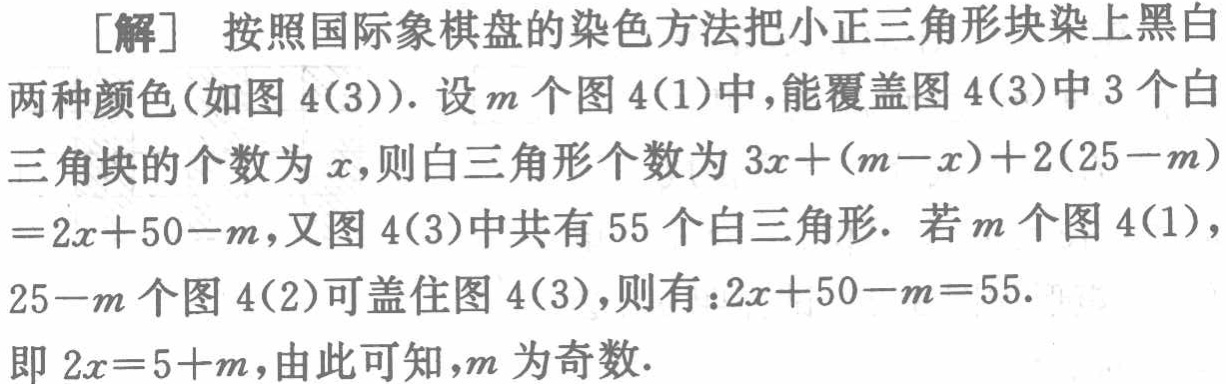
[解] 按照国际象棋盘的染色方法把小正三角形块染上黑白两种颜色(如图 4(3)). 设\(m\)个图 4(1)中,能覆盖图 4(3)中 3 个白三角块的个数为\(x\),则白三角形个数为\(3x+(m - x)+2(25 - m)=2x + 50 - m\),又图 4(3)中共有 55 个白三角形. 若\(m\)个图 4(1)，\(25 - m\)个图 4(2)可盖住图 4(3),则有：\(2x + 50 - m = 55\). 即\(2x = 5 + m\),由此可知,\(m\)为奇数.